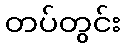
တပ်တွင်း